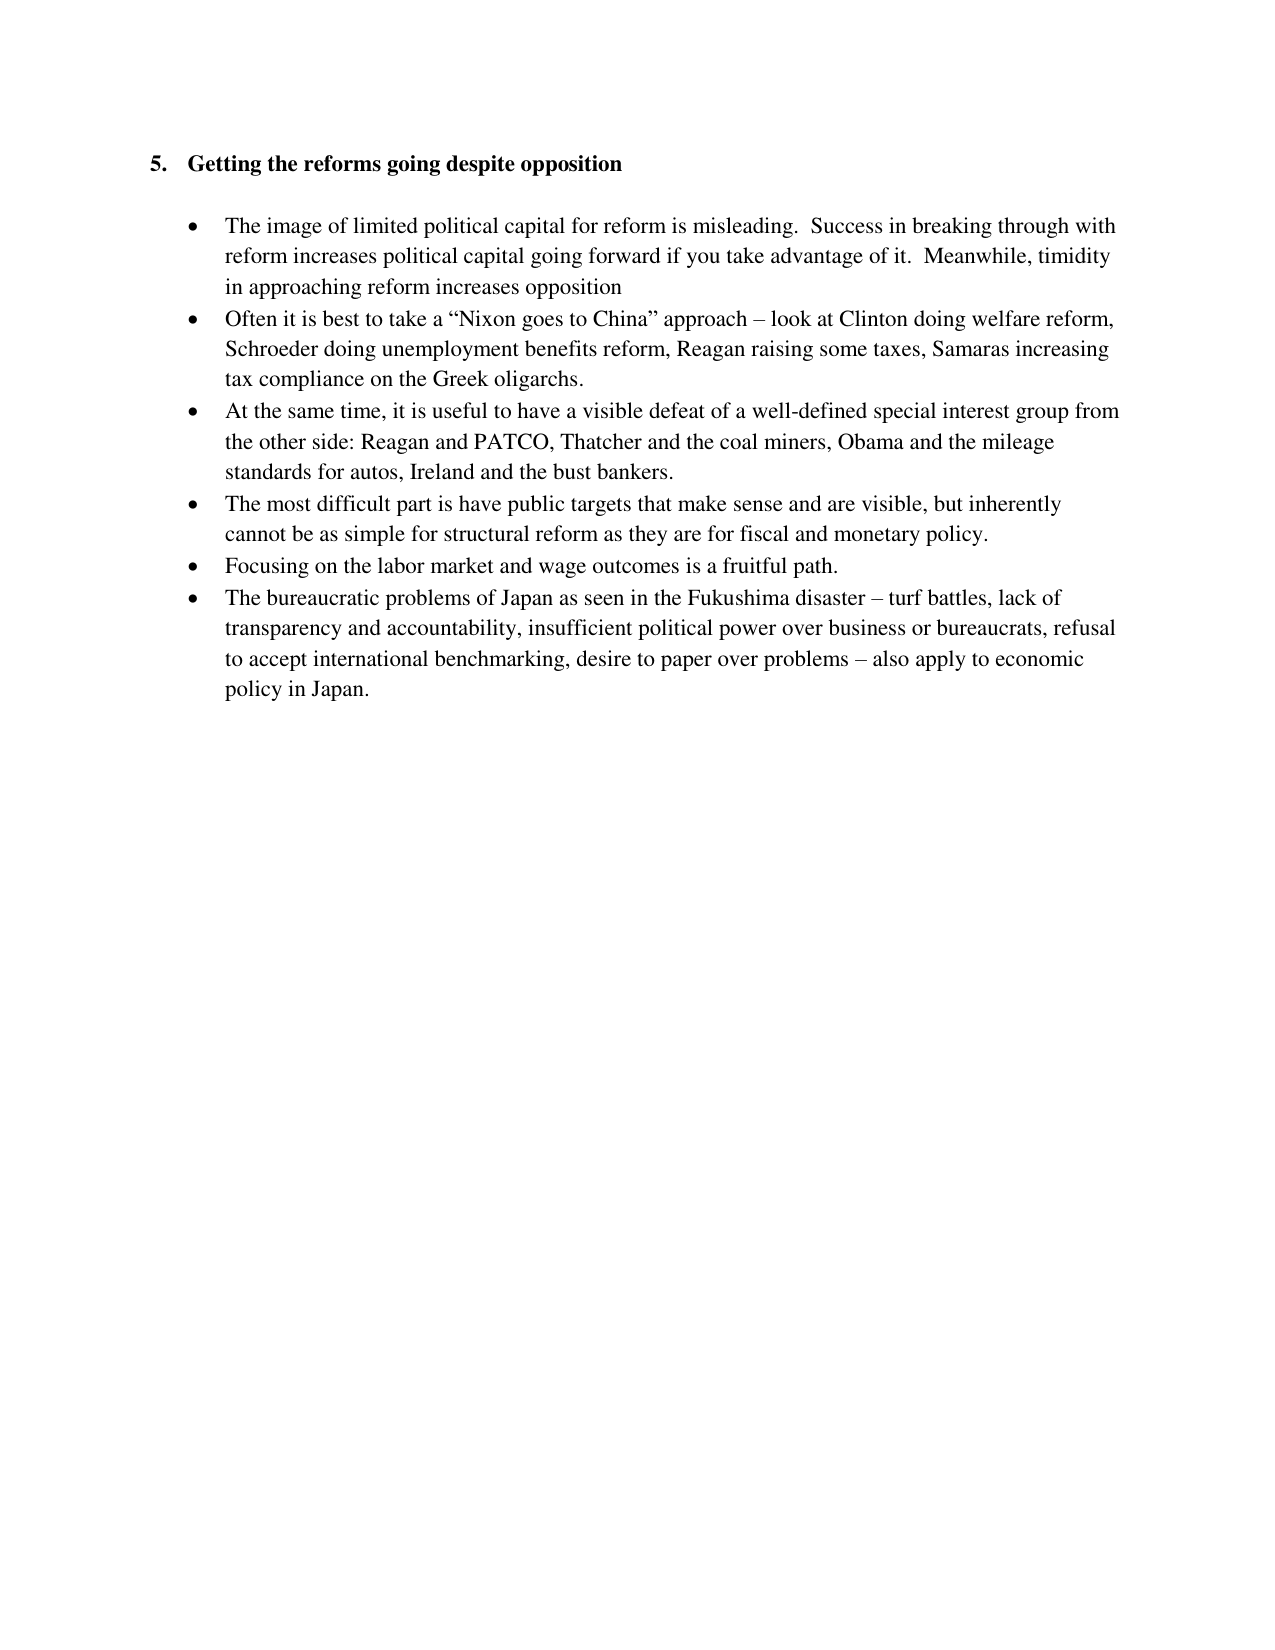
5. Getting the reforms going despite opposition

• The image of limited political capital for reform is misleading. Success in breaking through with reform increases political capital going forward if you take advantage of it. Meanwhile, timidity in approaching reform increases opposition

• Often it is best to take a “Nixon goes to China” approach – look at Clinton doing welfare reform, Schroeder doing unemployment benefits reform, Reagan raising some taxes, Samaras increasing tax compliance on the Greek oligarchs.

• At the same time, it is useful to have a visible defeat of a well-defined special interest group from the other side: Reagan and PATCO, Thatcher and the coal miners, Obama and the mileage standards for autos, Ireland and the bust bankers.

• The most difficult part is have public targets that make sense and are visible, but inherently cannot be as simple for structural reform as they are for fiscal and monetary policy.

• Focusing on the labor market and wage outcomes is a fruitful path.

• The bureaucratic problems of Japan as seen in the Fukushima disaster – turf battles, lack of transparency and accountability, insufficient political power over business or bureaucrats, refusal to accept international benchmarking, desire to paper over problems – also apply to economic policy in Japan.